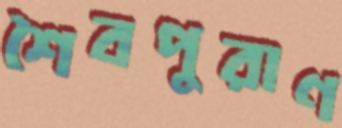
শৈবপুরাণ